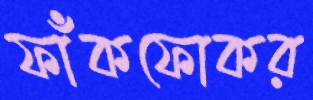
ফাঁকফোকর